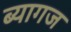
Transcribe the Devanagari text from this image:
ब्यागज